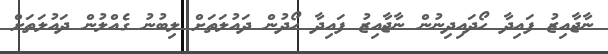
ނާޖާއިޒު ފައިދާ ހޯދައިދިނުން ނާޖާއިޒު ފައިދާ ހޯދުން ދައުލަތަށް ލިބުނު ގެއްލުން ދައުލަތަށް